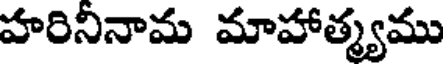
హరినినామ మాహాత్మ్యము